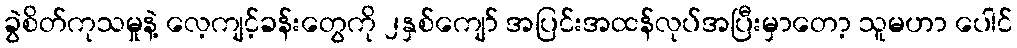
ခွဲစိတ်ကုသမှုနဲ့ လေ့ကျင့်ခန်းတွေကို ၂နှစ်ကျော် အပြင်းအထန်လုပ်အပြီးမှာတော့ သူမဟာ ပေါင်